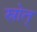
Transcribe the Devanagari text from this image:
स्रोत्